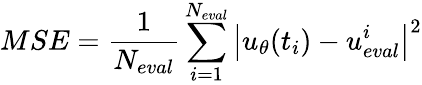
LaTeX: MSE=\frac{1}{N_{eval}}\sum_{i=1}^{N_{eval}}\left|{u_{\theta}}(t_{i})-u_{eval}^{i}\right|^{2}